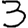
Digit: 3